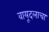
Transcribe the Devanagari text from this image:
वायूदलाचा